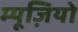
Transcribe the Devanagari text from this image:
म्यूज़ियो